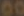
00